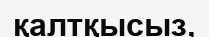
қалтқысыз,